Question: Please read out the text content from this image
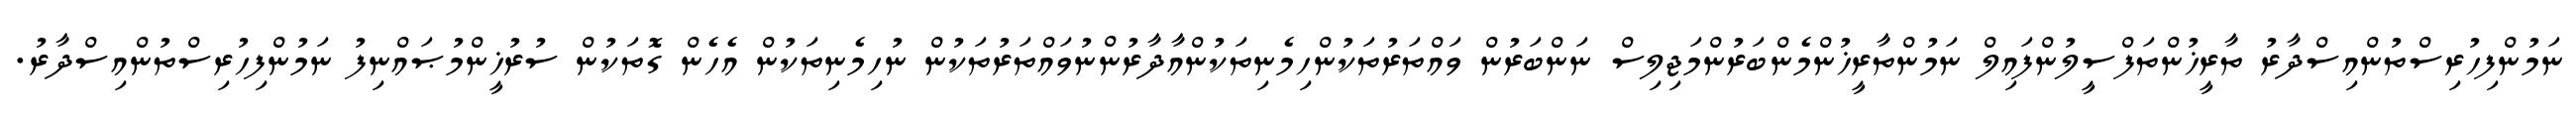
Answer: ނަމުންފިހުރިސްތުންއިސްދާރު ތާރީޚުންތަފްސީލުންފައިލް ނަމުންތާރީޚުންމެންބަރުންމަޖިލިސް ނަންބަރުން ވައްތަރުތަކުންހިމެނިތަކުންއާދާރުންނުވައްތަރުތަކުން ނުހިމެނިތަކުން އެހެން ގޮތަކުން ސުރުޚީންމުޞައްނިފު ނަމުންފިހުރިސްތުންއިސްދާރު.